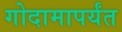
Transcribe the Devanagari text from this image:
गोदामापर्यंत